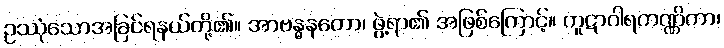
ဥဿုံသောအခြင်ရနယ်တို့၏။ အာဗန္ဓနတော၊ ဖွဲ့ရာ၏ အဖြစ်ကြောင့်။ ကူဋာဂါရကဏ္ဏိကာ၊